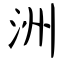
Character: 洲